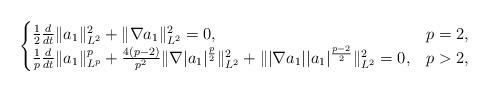
LaTeX: \begin{align*}\begin{cases}\frac{1}{2}\frac{d}{dt}\|a_{1}\|_{L^{2}}^{2}+\|\nabla a_{1}\|_{L^{2}}^{2}=0,&p=2,\\\frac{1}{p}\frac{d}{dt}\|a_{1}\|_{L^{p}}^{p}+\frac{4(p-2)}{p^{2}}\|\nabla|a_{1}|^{\frac{p}{2}}\|_{L^{2}}^{2}+\||\nabla a_{1}||a_{1}|^{\frac{p-2}{2}}\|_{L^{2}}^{2}=0,&p>2,\end{cases}\end{align*}